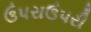
ઉપરાઉપરી